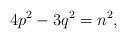
LaTeX: \begin{align*}4p^2-3q^2=n^2, \end{align*}